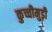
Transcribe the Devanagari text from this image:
कुच्चीमुड़ी